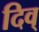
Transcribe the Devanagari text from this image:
दिव्‌